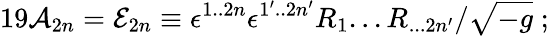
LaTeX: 19{\cal A}_{2n}={\cal E}_{2n}\equiv\epsilon^{1..2n}\epsilon^{1^{\prime}..2n^{\prime}}R_{1}...R_{...2n{^\prime}}/\sqrt{-g}\; ;